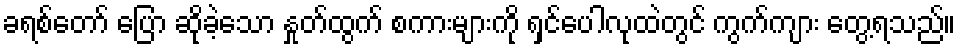
ခရစ်တော် ပြော ဆိုခဲ့သော နှုတ်ထွက် စကားများကို ရှင်ပေါလုထဲတွင် ကွက်ကျား တွေ့ရသည်။